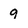
Character: 9